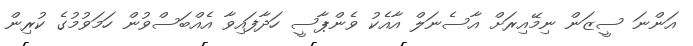
އަންނަ ސީޒަން ނިމޭއިރަށް އާސެނަލް އާއެކު ވެންޕާސީ ހަދާފައިވާ އެއްބަސްވުން ހަމަވުމުގެ ކުރިން